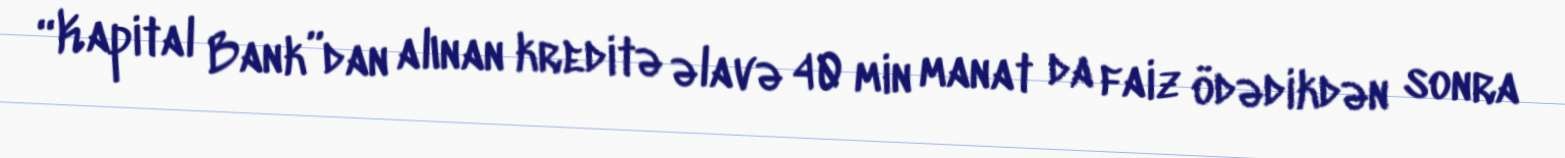
“Kapital Bank”dan alınan kreditə əlavə 40 min manat da faiz ödədikdən sonra